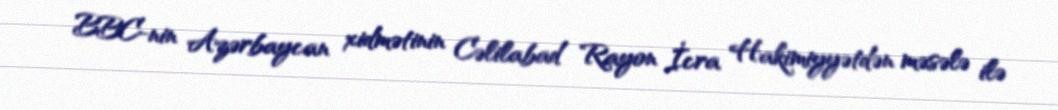
BBC-nin Azərbaycan xidmətinin Cəlilabad Rayon İcra Hakimiyyətdən məsələ ilə